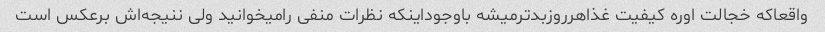
واقعاکه خجالت اوره کیفیت غذاهرروزبدترمیشه باوجوداینکه نظرات منفی رامیخوانید ولی ننیجه‌اش برعکس است